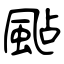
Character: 颭